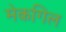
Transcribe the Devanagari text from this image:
मेकगिल